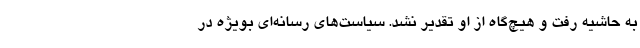
به حاشیه رفت و هیچ‌گاه از او تقدیر نشد. سیاست‌های رسانه‌ای بویژه در